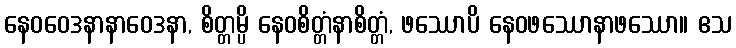
နေဝဝေဒနာနာဝေဒနာ, စိတ္တမ္ပိ နေဝစိတ္တံနာစိတ္တံ, ဖဿောပိ နေဝဖဿောနာဖဿော။ ဧသ